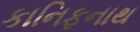
કાનિફનાથ